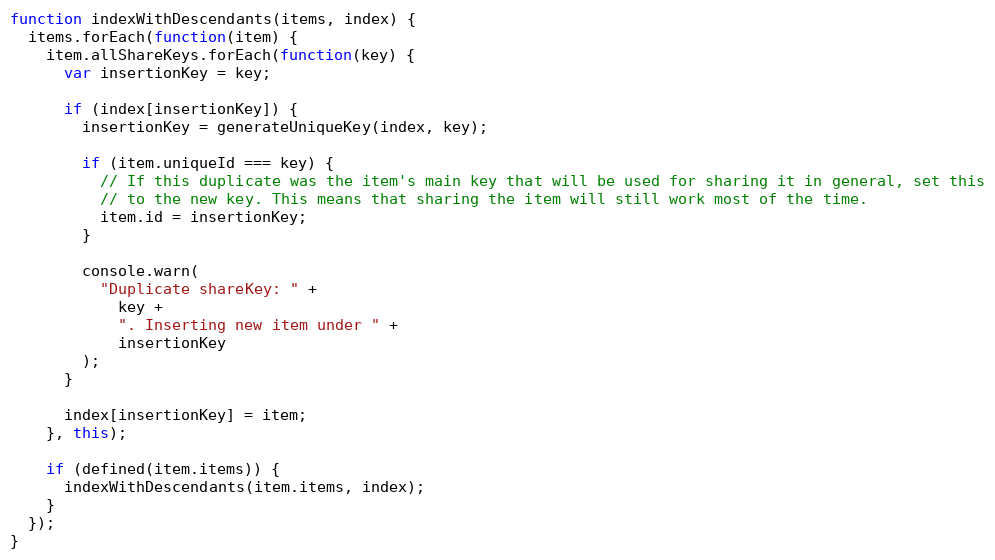
Language: JavaScript
function indexWithDescendants(items, index) {
  items.forEach(function(item) {
    item.allShareKeys.forEach(function(key) {
      var insertionKey = key;

      if (index[insertionKey]) {
        insertionKey = generateUniqueKey(index, key);

        if (item.uniqueId === key) {
          // If this duplicate was the item's main key that will be used for sharing it in general, set this
          // to the new key. This means that sharing the item will still work most of the time.
          item.id = insertionKey;
        }

        console.warn(
          "Duplicate shareKey: " +
            key +
            ". Inserting new item under " +
            insertionKey
        );
      }

      index[insertionKey] = item;
    }, this);

    if (defined(item.items)) {
      indexWithDescendants(item.items, index);
    }
  });
}